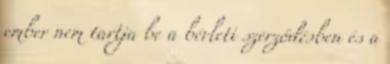
ember nem tartja be a bérleti szerződésben és a